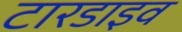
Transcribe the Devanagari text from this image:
टारडाइव